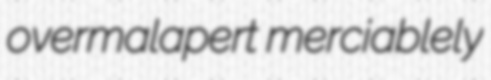
overmalapert merciablely